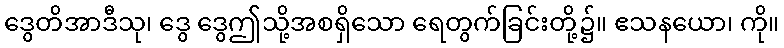
ဒွေတိအာဒီသု၊ ဒွေ ဒွေဤသို့အစရှိသော ရေတွက်ခြင်းတို့၌။ ဧသနယော၊ ကို။